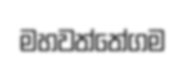
මහවත්තේගම